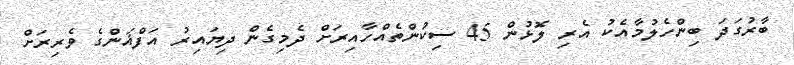
ބާރުގަދަ ބިންހެލުމާއެކު އެރި ލޮޅުން 45 ސިކުންތެއްހާއިރަށް ދެމިގެން ދިޔައިރު އަފްޣަންގެ ވެރިރަށް